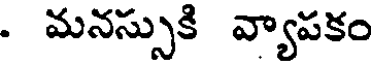
. మనస్సుకి వ్యాపకం